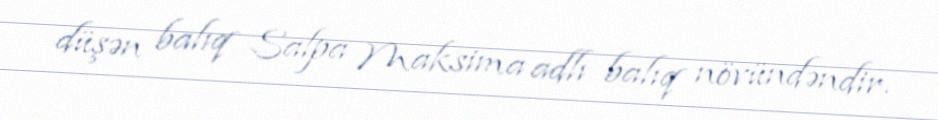
düşən balıq Salpa Maksima adlı balıq növündəndir.